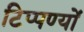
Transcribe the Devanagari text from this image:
टिप्पण्यों